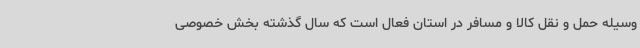
وسیله حمل و نقل کالا و مسافر در استان فعال است که سال گذشته بخش خصوصی